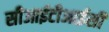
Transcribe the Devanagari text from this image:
सीआईटीआईसी